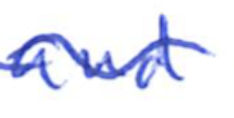
Text: and
Cross-out: wave
Writing tool: ballpoint